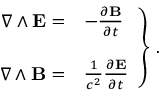
\left. \begin{array} { r l } { { \nabla \wedge { \bf E } = } } & { { - { \frac { \partial { \bf B } } { \partial t } } } } \\ { { } } & { { } } \\ { { \nabla \wedge { \bf B } = } } & { { \frac { 1 } { c ^ { 2 } } { \frac { \partial { \bf E } } { \partial t } } } } \end{array} \right\} \, .